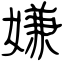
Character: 嫌